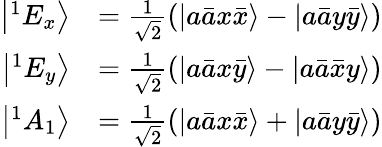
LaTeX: \begin{array}{rl}{\left|^{1}E_{x}\right\rangle}&{=\frac{1}{\sqrt{2}}\left(\left|a\bar{a}x\bar{x}\right\rangle-\left|a\bar{a}y\bar{y}\right\rangle\right)}\\ {\left|^{1}E_{y}\right\rangle}&{=\frac{1}{\sqrt{2}}\left(\left|a\bar{a}x\bar{y}\right\rangle-\left|a\bar{a}\bar{x}y\right\rangle\right)}\\ {\left|^{1}A_{1}\right\rangle}&{=\frac{1}{\sqrt{2}}\left(\left|a\bar{a}x\bar{x}\right\rangle+\left|a\bar{a}y\bar{y}\right\rangle\right)}\end{array}